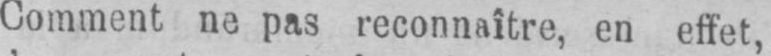
Comment ne pas reconnaître, en effet,